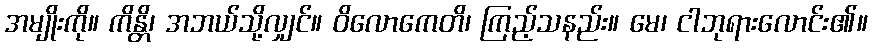
အမျိုးကို။ ကိန္တိ၊ အဘယ်သို့လျှင်။ ဝိလောကေတိ၊ ကြည့်သနည်း။ မေ၊ ငါဘုရားလောင်း၏။